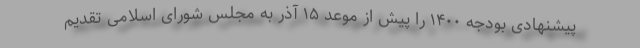
پیشنهادی بودجه ۱۴۰۰ را پیش از موعد ۱۵ آذر به مجلس شورای اسلامی تقدیم